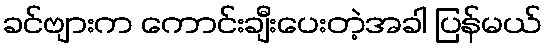
ခင်ဗျားက ကောင်းချီးပေးတဲ့အခါ ပြန်မယ်